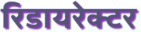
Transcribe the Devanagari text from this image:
रिडायरेक्टर